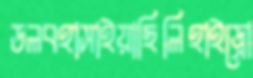
ডলবহাসাইয়াছিলিহাইড্রো